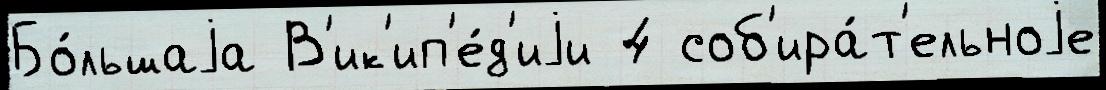
Бо́льшаjа В'ик'ип'е́д'иjи 4 соб'ира́т'ельноjе